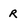
Character: r